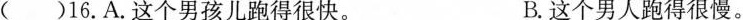
()16.A.这个男孩儿跑得很快。 B.这个男人跑得很慢。